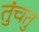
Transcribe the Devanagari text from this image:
तुंचतु